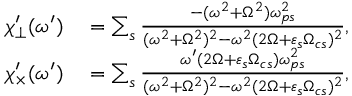
\begin{array} { r l } { \chi _ { \perp } ^ { \prime } ( \omega ^ { \prime } ) } & { { } = \sum _ { s } \frac { - ( \omega ^ { 2 } + \Omega ^ { 2 } ) \omega _ { p s } ^ { 2 } } { ( \omega ^ { 2 } + \Omega ^ { 2 } ) ^ { 2 } - \omega ^ { 2 } ( 2 \Omega + \varepsilon _ { s } \Omega _ { c s } ) ^ { 2 } } , } \\ { \chi _ { \times } ^ { \prime } ( \omega ^ { \prime } ) } & { { } = \sum _ { s } \frac { \omega ^ { \prime } ( 2 \Omega + \varepsilon _ { s } \Omega _ { c s } ) \omega _ { p s } ^ { 2 } } { ( \omega ^ { 2 } + \Omega ^ { 2 } ) ^ { 2 } - \omega ^ { 2 } ( 2 \Omega + \varepsilon _ { s } \Omega _ { c s } ) ^ { 2 } } , } \end{array}